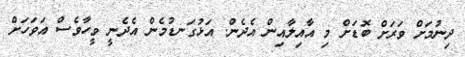
ދިނުމަށް ވަރަށް ބޮޑަށް މި އާއިލާއިން އެދެން. އަޅުގަނޑުމެން އެެދެނީ ވީހާވެސް އަވަހަށް